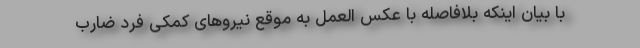
با بیان اینکه بلافاصله با عکس العمل به موقع نیروهای کمکی فرد ضارب